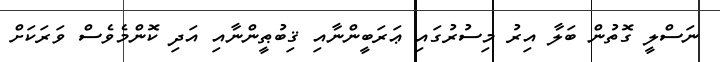
ނަސްލީ ގޮތުން ބަލާ އިރު މިސުރުގައި ޢަރަބީންނާއި ޤިބުޠީންނާއި އަދި ކޮންމެވެސް ވަރަކަށް